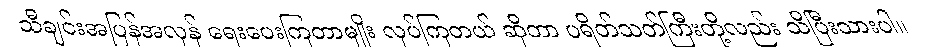
သီချင်းအပြန်အလှန် ရေးပေးကြတာမျိုး လုပ်ကြတယ် ဆိုတာ ပရိတ်သတ်ကြီးတို့လည်း သိပြီးသားပါ။